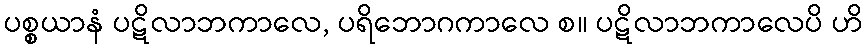
ပစ္စယာနံ ပဋိလာဘကာလေ, ပရိဘောဂကာလေ စ။ ပဋိလာဘကာလေပိ ဟိ